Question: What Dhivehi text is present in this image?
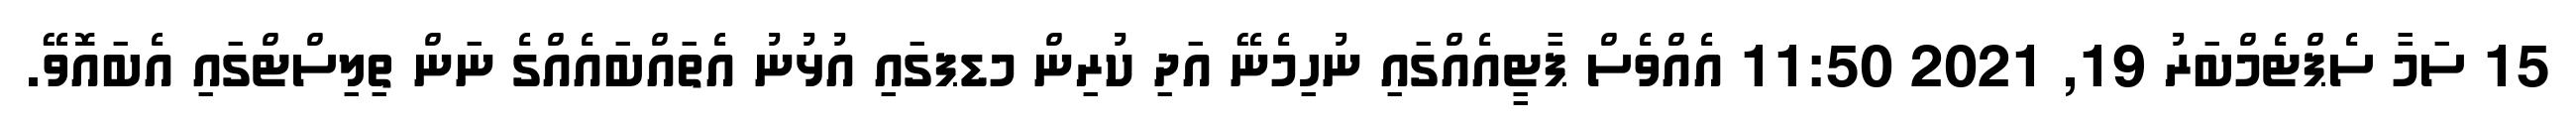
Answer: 15 ސަމާ ސެޕްޓެމްބަރު 19, 2021 11:50 އެއްވެސް ޕާޓީއެއްގައި ނުހިމެނޭ އަދި ކުރިން މޑޕގައި އުޅުނު އެތައްބައެއްގެ ނަން ތިލިސްޓްގައި އެބައޮވޭ.